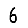
Digit: 6